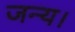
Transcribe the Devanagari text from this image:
जन्य।